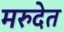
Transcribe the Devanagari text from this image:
मरुदेत